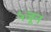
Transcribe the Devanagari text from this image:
५जून